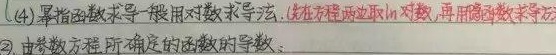
(4) 幂指函数求导一般用对数求导法。（先在方程两边取对数，再用隐函数求导方法）

(2) 由参数方程所确定的函数的导数: